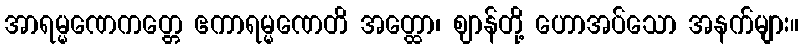
အာရမ္မဏေကတ္တေ ဧကာရမ္မဏေတိ အတ္ထော၊ ဈာန်တို့ ဟောအပ်သော အနက်များ။